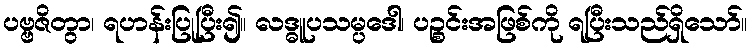
ပဗ္ဗဇိတွာ၊ ရဟန်းပြုပြီး၍။ လဒ္ဓူပသမ္ပဒေါ၊ ပဉ္စင်းအဖြစ်ကို ရပြီးသည်ရှိသော်။